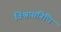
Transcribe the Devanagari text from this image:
विश्वासनिधि